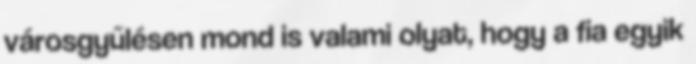
városgyűlésen mond is valami olyat, hogy a fia egyik